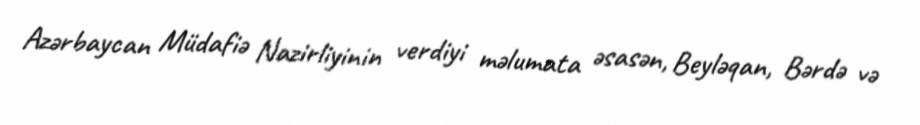
Azərbaycan Müdafiə Nazirliyinin verdiyi məlumata əsasən, Beyləqan, Bərdə və